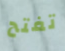
تفتح